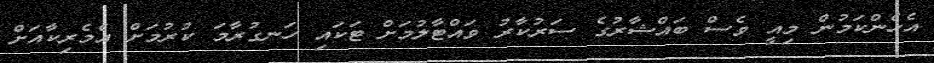
އެހެންކަމުން މިއީ ވެސް ބައްޝާރުގެ ސަރުކާރު ވައްޓާލުމަށް ޓަކައި ހަނގުރާމަ ކުރުމަށް އެމެރިކާއަށް